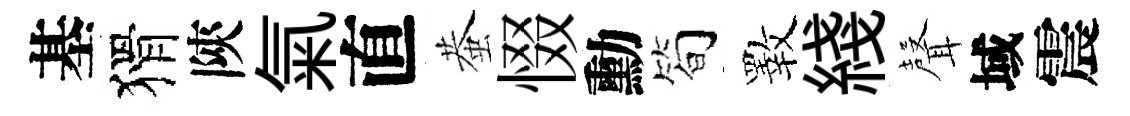
基猾陝氣直蛬惙勳简斁綫𮋻域震